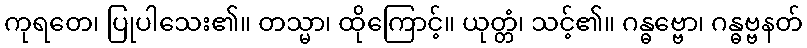
ကုရတေ၊ ပြုပါသေး၏။ တသ္မာ၊ ထိုကြောင့်။ ယုတ္တံ၊ သင့်၏။ ဂန္ဓဗ္ဗော၊ ဂန္ဓဗ္ဗနတ်